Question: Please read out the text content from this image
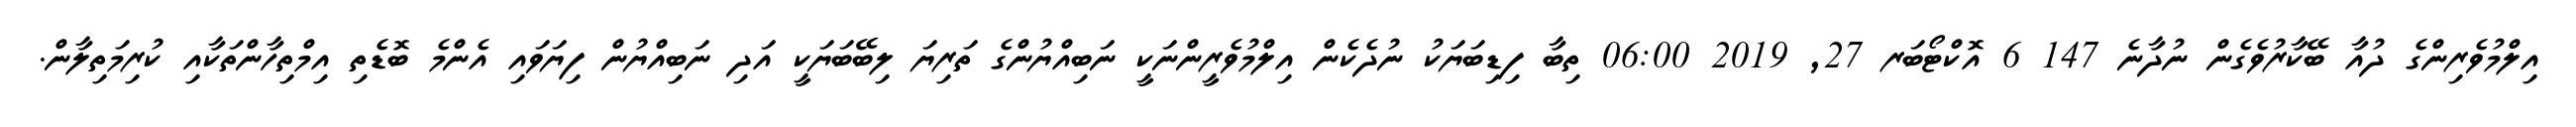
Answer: އިލްމުވެރިންގެ ދުއާ ބޭކާރުވެގެން ނުދާނެ 147 6 އޮކްޓޯބަރ 27, 2019 06:00 ތިބާ ފިޑިބަޔަކު ނުދެކެން އިލްމުވެރީންނަކީ ނަބިއްޔުންގެ ތަރިޔަ ލިބޭބަޔަކީ އަދި ނަބިއްޔުން ފިޔަވައި އެންމެ ބޮޑެތި އިމްތިހާންތަކާއި ކުރިމަތިލާން.